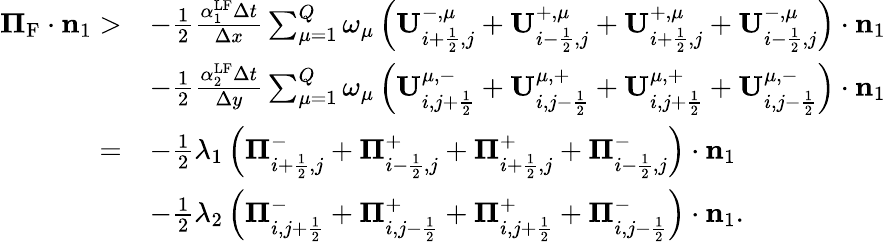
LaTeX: \begin{array}{rl}{{\mathbf\Pi}_{\mathrm{{{F}}}}\cdot\mathbf{n}_{1}>}&{-\frac{1}{2}\frac{\alpha_{1}^{\mathrm{LF}}\Delta t}{\Delta x}\sum_{\mu=1}^{Q}\omega_{\mu}\left(\mathbf{U}_{i+\frac{1}{2},j}^{-,\mu}+\mathbf{U}_{i-\frac{1}{2},j}^{+,\mu}+\mathbf{U}_{i+\frac{1}{2},j}^{+,\mu}+\mathbf{U}_{i-\frac{1}{2},j}^{-,\mu}\right)\cdot\mathbf{n}_{1}}\\ &{-\frac{1}{2}\frac{\alpha_{2}^{\mathrm{{LF}}}\Delta t}{\Delta y}\sum_{\mu=1}^{Q}\omega_{\mu}\left(\mathbf{U}_{i,j+\frac{1}{2}}^{\mu,-}+\mathbf{U}_{i,j-\frac{1}{2}}^{\mu,+}+\mathbf{U}_{i,j+\frac{1}{2}}^{\mu,+}+\mathbf{U}_{i,j-\frac{1}{2}}^{\mu,-}\right)\cdot\mathbf{n}_{1}}\\ {=}&{-\frac{1}{2}\lambda_{1}\left({\mathbf\Pi}_{i+\frac{1}{2},j}^{-}+{\mathbf\Pi}_{i-\frac{1}{2},j}^{+}+{\mathbf\Pi}_{i+\frac{1}{2},j}^{+}+{\mathbf\Pi}_{i-\frac{1}{2},j}^{-}\right)\cdot\mathbf{n}_{1}}\\ &{-\frac{1}{2}\lambda_{2}\left({\mathbf\Pi}_{i,j+\frac{1}{2}}^{-}+{\mathbf\Pi}_{i,j-\frac{1}{2}}^{+}+{\mathbf\Pi}_{i,j+\frac{1}{2}}^{+}+{\mathbf\Pi}_{i,j-\frac{1}{2}}^{-}\right)\cdot\mathbf{n}_{1}.}\end{array}